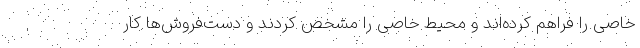
خاصی را فراهم کرده‌اند و محیط خاصی را مشخص کردند و دست‌فروش‌ها کار